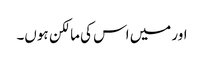
اور میں اس کی مالکن ہوں۔